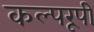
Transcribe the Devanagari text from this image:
कल्परूपी